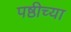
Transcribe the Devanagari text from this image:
पष्ठीच्या